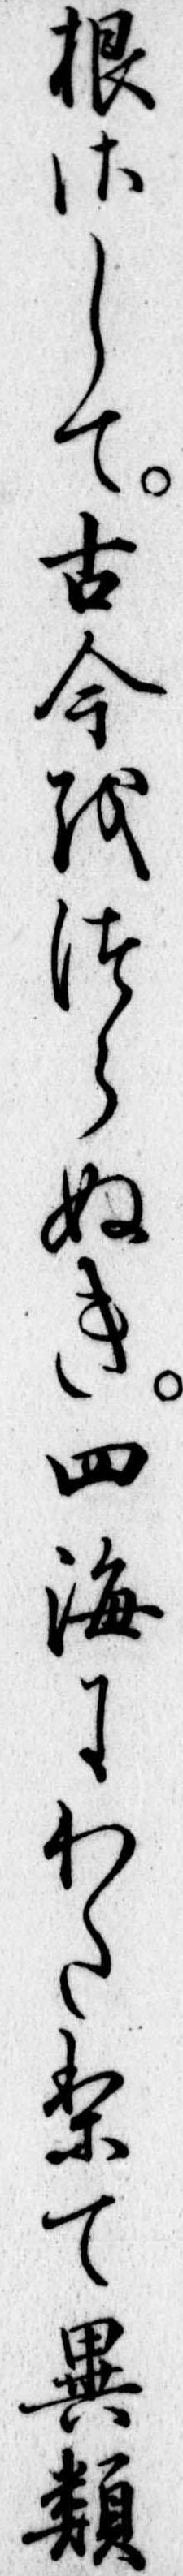
根さして古今をつらぬき四海にわたりて異類